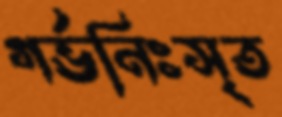
গর্ভনিঃসৃত